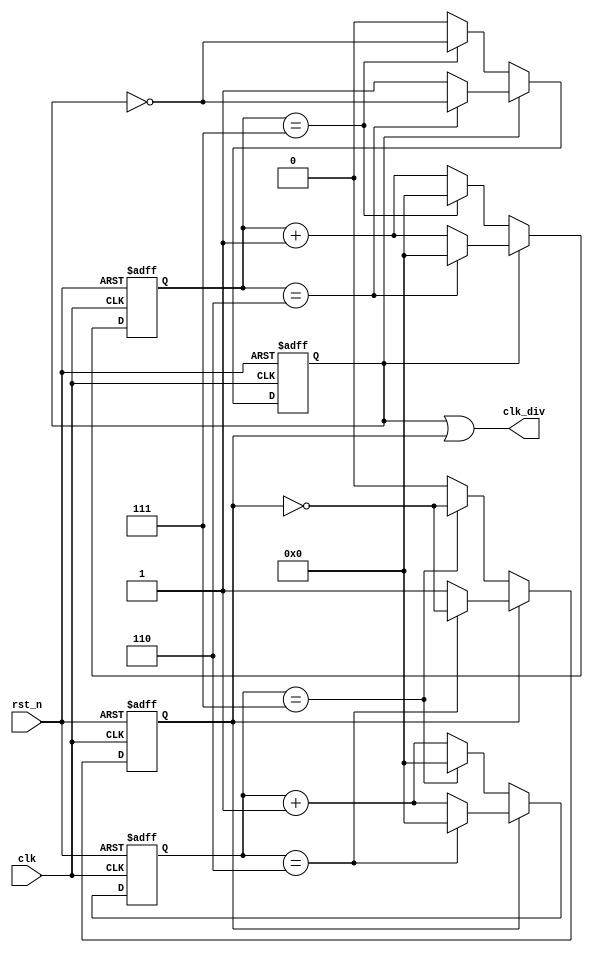
`define ENABLE  1'b1
`define ENABLE_ 1'b0

module clk_div_odd (
    input   wire    clk,
    input   wire    rst_n,

    output  wire    clk_div
);

    parameter DIV   = 15;
    parameter DIV_W = 4;

    reg [DIV_W-1:0] counter_p, counter_n;
    reg clk_div_p, clk_div_n;

    always @(posedge clk, negedge rst_n) begin
        if (rst_n == `ENABLE_) begin
            counter_p   <= 16'b0;
            clk_div_p   <= 1'b0;
        end 
        else if (clk_div_p == 0) begin
            if (counter_p == DIV/2) begin
                counter_p   <= 16'b0;
                clk_div_p   <= ~clk_div_p;
            end
            else
                counter_p   <= counter_p + 1;
        end
        else begin
            if (counter_p == DIV/2-1) begin
                counter_p   <= 16'b0;
                clk_div_p   <= ~clk_div_p;
            end
            else
                counter_p   <= counter_p + 1;
        end
    end

    always @(negedge clk, negedge rst_n) begin
        if (rst_n == `ENABLE_) begin
            counter_n   <= 16'b0;
            clk_div_n   <= 1'b0;
        end
        else if (clk_div_n == 0) begin
            if (counter_n == DIV/2) begin
                counter_n   <= 16'b0;
                clk_div_n   <= ~clk_div_n;
            end
            else
                counter_n   <= counter_n + 1;
        end
        else begin
            if (counter_n == DIV/2-1) begin
                counter_n   <= 16'b0;
                clk_div_n   <= ~clk_div_n;
            end
            else
                counter_n   <= counter_n + 1;
        end
    end

    assign clk_div = clk_div_p | clk_div_n;

endmodule